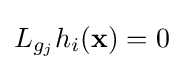
L_{g_{j}}h_{i}(\mathbf {x} )=0